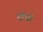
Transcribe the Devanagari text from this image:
दाँधी